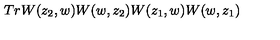
T r W ( z _ { 2 } , w ) W ( w , z _ { 2 } ) W ( z _ { 1 } , w ) W ( w , z _ { 1 } )